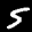
Label: 5